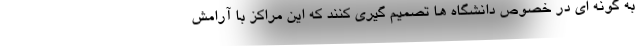
به گونه ای در خصوص دانشگاه ها تصمیم گیری کنند که این مراکز با آرامش